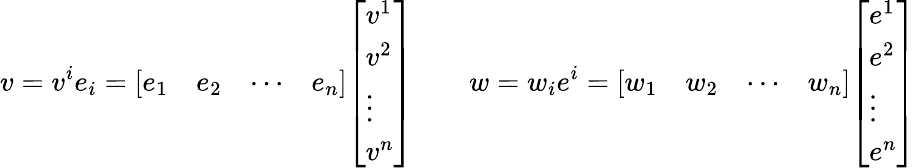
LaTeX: v=v^{i}e_{i}={\left[\begin{array}{llll}{e_{1}}&{e_{2}}&{\cdots}&{e_{n}}\end{array}\right]}{\left[\begin{array}{l}{v^{1}}\\ {v^{2}}\\ {\vdots}\\ {v^{n}}\end{array}\right]}\qquad w=w_{i}e^{i}={\left[\begin{array}{llll}{w_{1}}&{w_{2}}&{\cdots}&{w_{n}}\end{array}\right]}{\left[\begin{array}{l}{e^{1}}\\ {e^{2}}\\ {\vdots}\\ {e^{n}}\end{array}\right]}